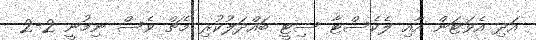
އަދި އެވަޓަން އާއި ލެކެސްޓާ ސިޓީ ބައްދަލުކުރި މެޗް ވެސް ނިމުނީ 2-2